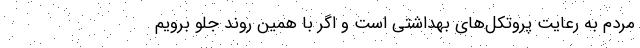
مردم به رعایت پروتکل‌های بهداشتی است و اگر با همین روند جلو برویم